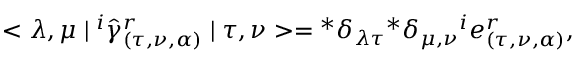
< \lambda , \mu \mid { } ^ { i } { \hat { \gamma } } _ { ( \tau , \nu , \alpha ) } ^ { r } \mid \tau , \nu > = { } ^ { * } \delta _ { \lambda \tau } { } ^ { * } \delta _ { \mu , \nu } { } ^ { i } e _ { ( \tau , \nu , \alpha ) } ^ { r } ,